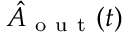
\hat { A } _ { \mathrm { ~ o ~ u ~ t ~ } } ( t )